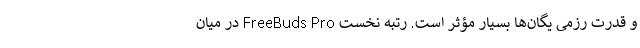
و قدرت رزمی یگان‌ها بسیار مؤثر است. رتبه نخست FreeBuds Pro در میان